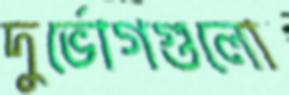
দুর্ভোগগুলো